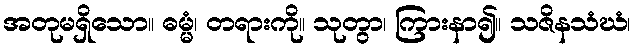
အတုမရှိသော။ ဓမ္မံ၊ တရားကို။ သုတွာ၊ ကြားနာ၍။ သဇိနသံဃံ၊